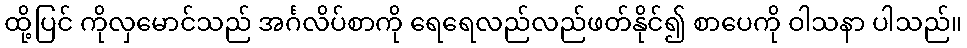
ထို့ပြင် ကိုလှမောင်သည် အင်္ဂလိပ်စာကို ရေရေလည်လည်ဖတ်နိုင်၍ စာပေကို ဝါသနာ ပါသည်။